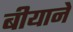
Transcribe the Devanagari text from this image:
बीयाने